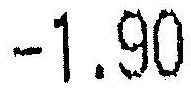
-1.90